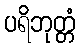
ပရိဘုတ္တံ